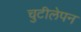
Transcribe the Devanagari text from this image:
चुटीलेपन